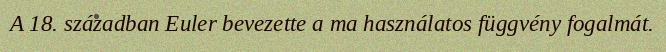
A 18. században Euler bevezette a ma használatos függvény fogalmát.